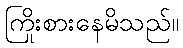
ကြိုးစားနေမိသည်။